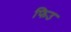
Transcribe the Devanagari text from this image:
फिउ